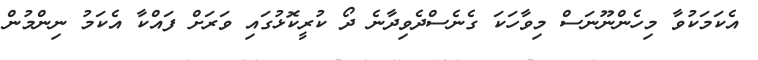
އެކަމަކުވާ މިހެންނޫނަސް މިވާހަކަ ގެނެސްދެވިދާނެ ދޯ ކުރީކޮޅުގައި ވަރަށް ފައްކާ އެކަމު ނިންމުން